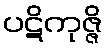
ပဋိကုဇ္ဇိ